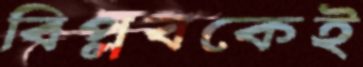
বিপ্লবকেই